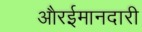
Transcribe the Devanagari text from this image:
औरईमानदारी